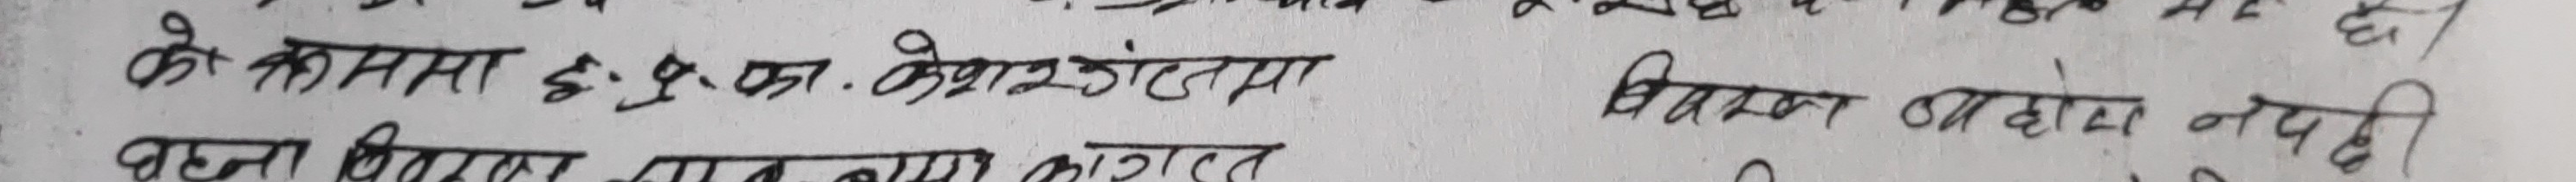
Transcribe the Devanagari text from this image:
के क्षमता ई: ज.क. केशरटमाम विकास काम नपही
वडा विकास काम कागत